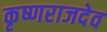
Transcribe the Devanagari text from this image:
कृष्णराजदेव